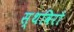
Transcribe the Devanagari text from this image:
स्थविरो